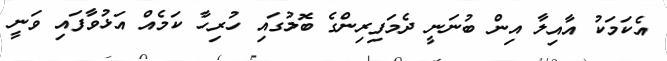
އެކަމަކު އާއިލާ އިން ބުނަނީ ދެމަފިރިންގެ ބޮލުގައި ހުރިހާ ކަމެއް އަޅުވާފައި ވަނީ